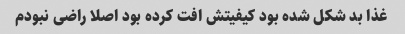
غذا بد شکل شده بود کیفیتش افت کرده بود اصلا راضی نبودم